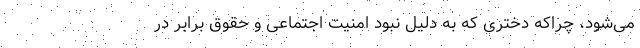
می‌شود، چراکه دختری که به دلیل نبود امنیت اجتماعی و حقوق برابر در